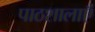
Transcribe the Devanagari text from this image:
पाठशालाऍं